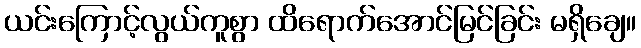
ယင်းကြောင့်လွယ်ကူစွာ ထိရောက်အောင်မြင်ခြင်း မရှိချေ။